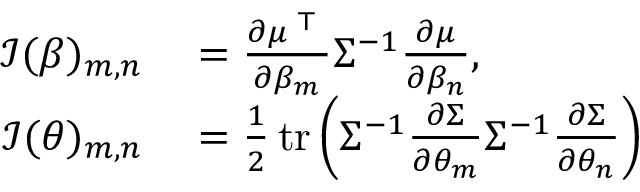
\begin{array} { r l } { { \mathcal { I } } { ( \beta ) _ { m , n } } } & { { } = { \frac { \partial \mu ^ { \textsf { T } } } { \partial \beta _ { m } } } \Sigma ^ { - 1 } { \frac { \partial \mu } { \partial \beta _ { n } } } , } \\ { { \mathcal { I } } { ( \theta ) _ { m , n } } } & { { } = { \frac { 1 } { 2 } } \operatorname { t r } \left( \Sigma ^ { - 1 } { \frac { \partial \Sigma } { \partial \theta _ { m } } } { \Sigma ^ { - 1 } } { \frac { \partial \Sigma } { \partial \theta _ { n } } } \right) } \end{array}